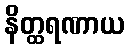
နိတ္ထရဏာယ